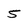
Character: 5